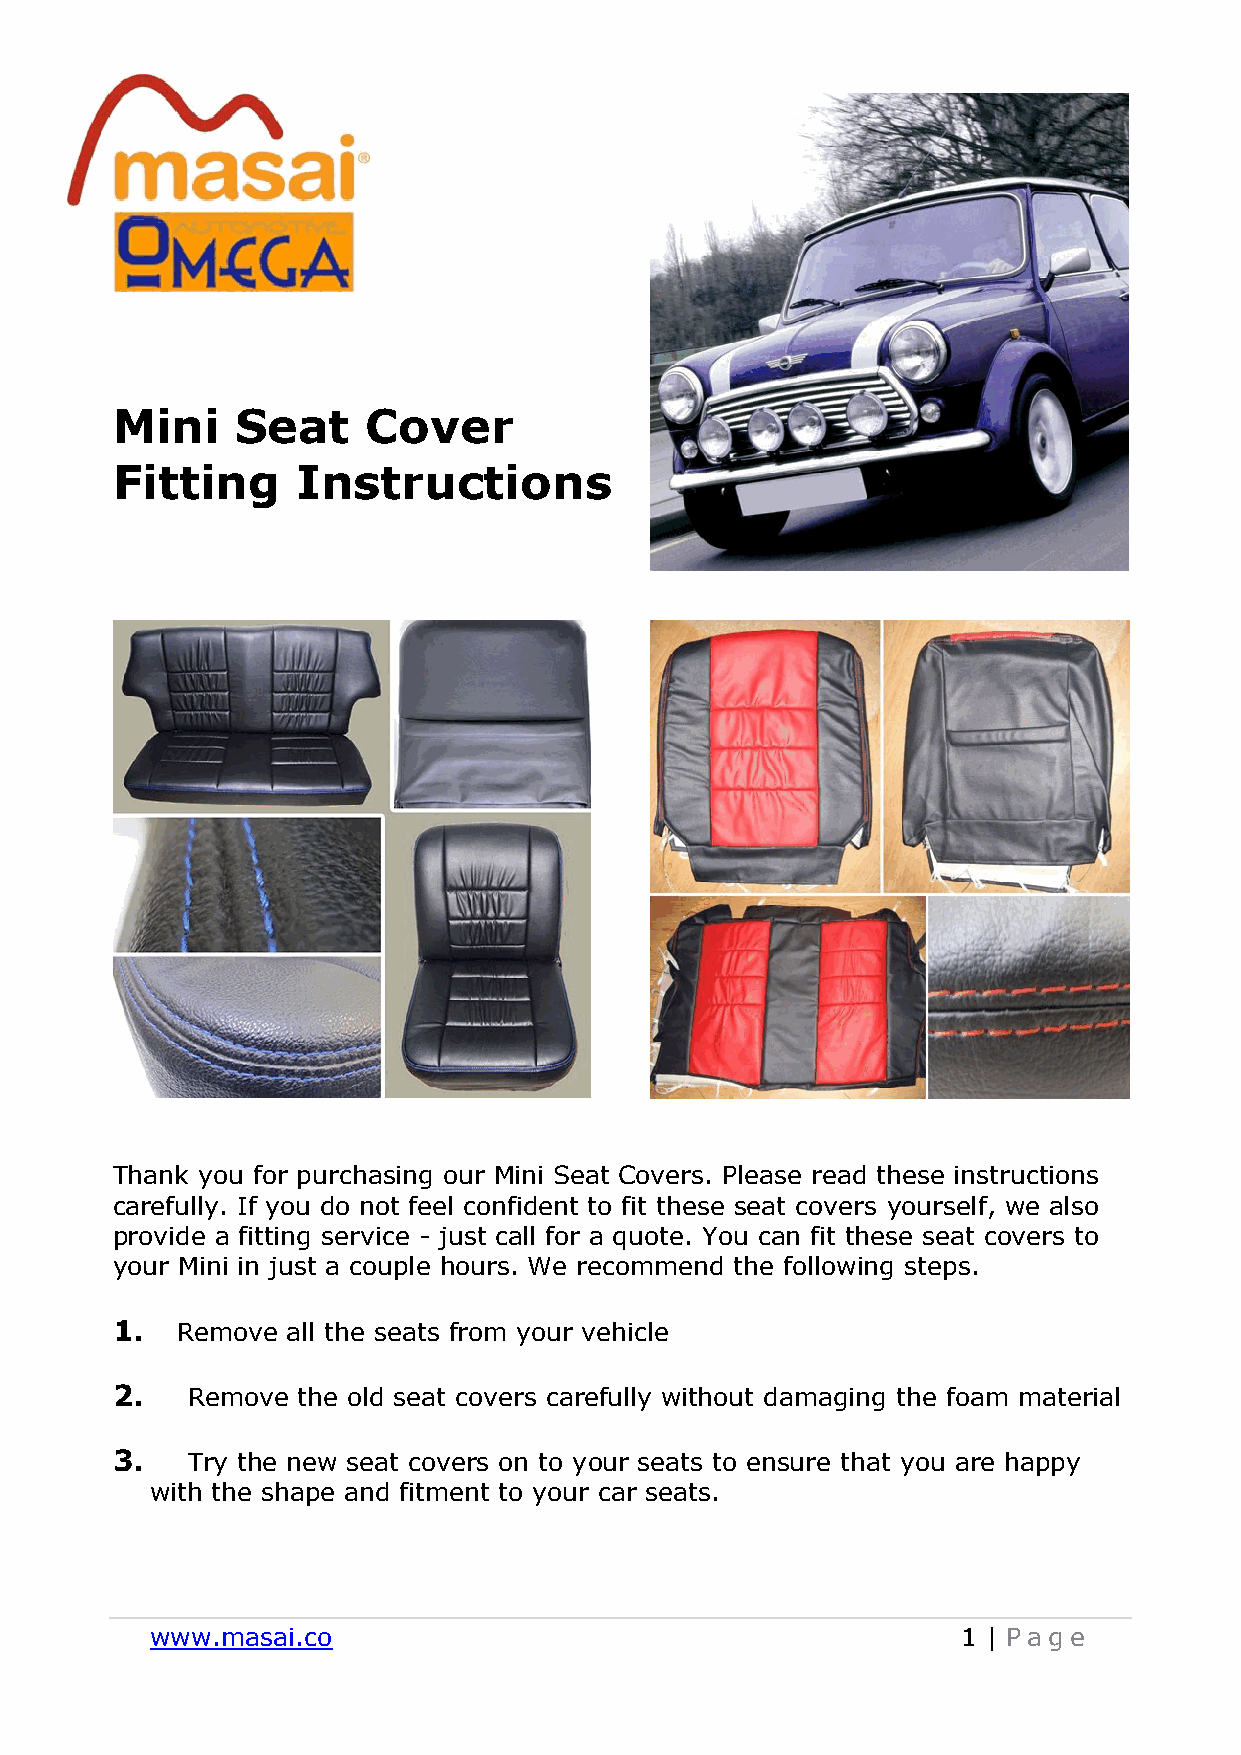
Mini     Seat    Cover
 Fitting      Instructions
 Thank you for purchasing our Mini Seat Covers. Please read these instructions
 carefully. If you do not feel confident to fit these seat covers yourself, we also
 provide a fitting service - just call for a quote. You can fit these seat covers to
 your Mini in just a couple hours. We recommend the following steps.
 1.   Remove all the seats from your vehicle
 2.   Remove  the old seat covers carefully without damaging the foam material
 3.   Try the new seat covers on to your seats to ensure that you are happy
 with the shape and fitment to your car seats.
 www.masai.co                                          1 | P ag e